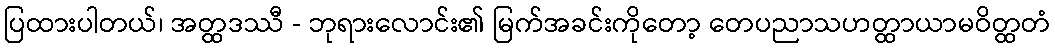
ပြထားပါတယ်၊ အတ္ထဒဿီ - ဘုရားလောင်း၏ မြက်အခင်းကိုတော့ တေပညာသဟတ္ထာယာမဝိတ္ထတံ